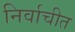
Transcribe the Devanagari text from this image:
निर्वाचीत